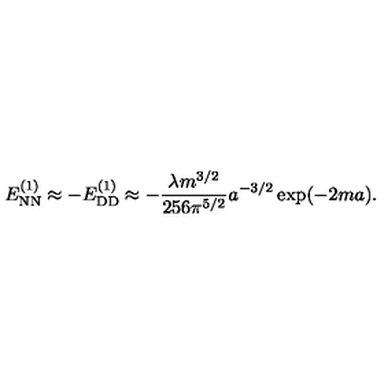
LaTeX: E _ { \mathrm { N N } } ^ { ( 1 ) } \approx - E _ { \mathrm { D D } } ^ { ( 1 ) } \approx - \frac { \lambda m ^ { 3 / 2 } } { 2 5 6 \pi ^ { 5 / 2 } } a ^ { - 3 / 2 } \exp ( - 2 m a ) .